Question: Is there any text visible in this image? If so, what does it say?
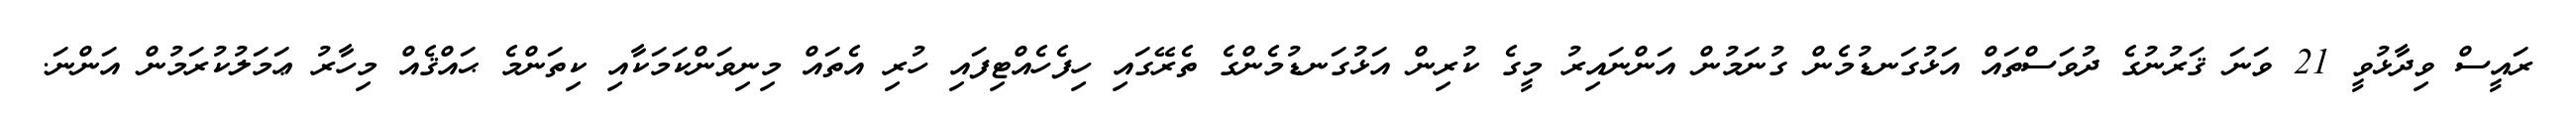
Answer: ރައީސް ވިދާޅުވީ 21 ވަނަ ޤަރުނުގެ ދުވަސްތައް އަޅުގަނޑުމެން ގުނަމުން އަންނައިރު މީގެ ކުރިން އަޅުގަނޑުމެންގެ ތެރޭގައި ހިފެހެއްޓިފައި ހުރި އެތައް މިނިވަންކަމަކާއި ކިތަންމެ ޙައްޤެއް މިހާރު ޢަމަލުކުރަމުން އަންނަ.